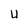
Character: U